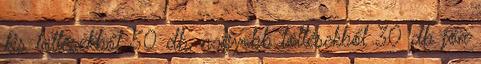
kis töltésekből 50 db, nagyobb töltésekből 30 db jön